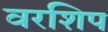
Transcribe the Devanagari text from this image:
वरशिप